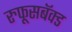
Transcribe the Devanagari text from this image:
रुफूसबॅक्ड